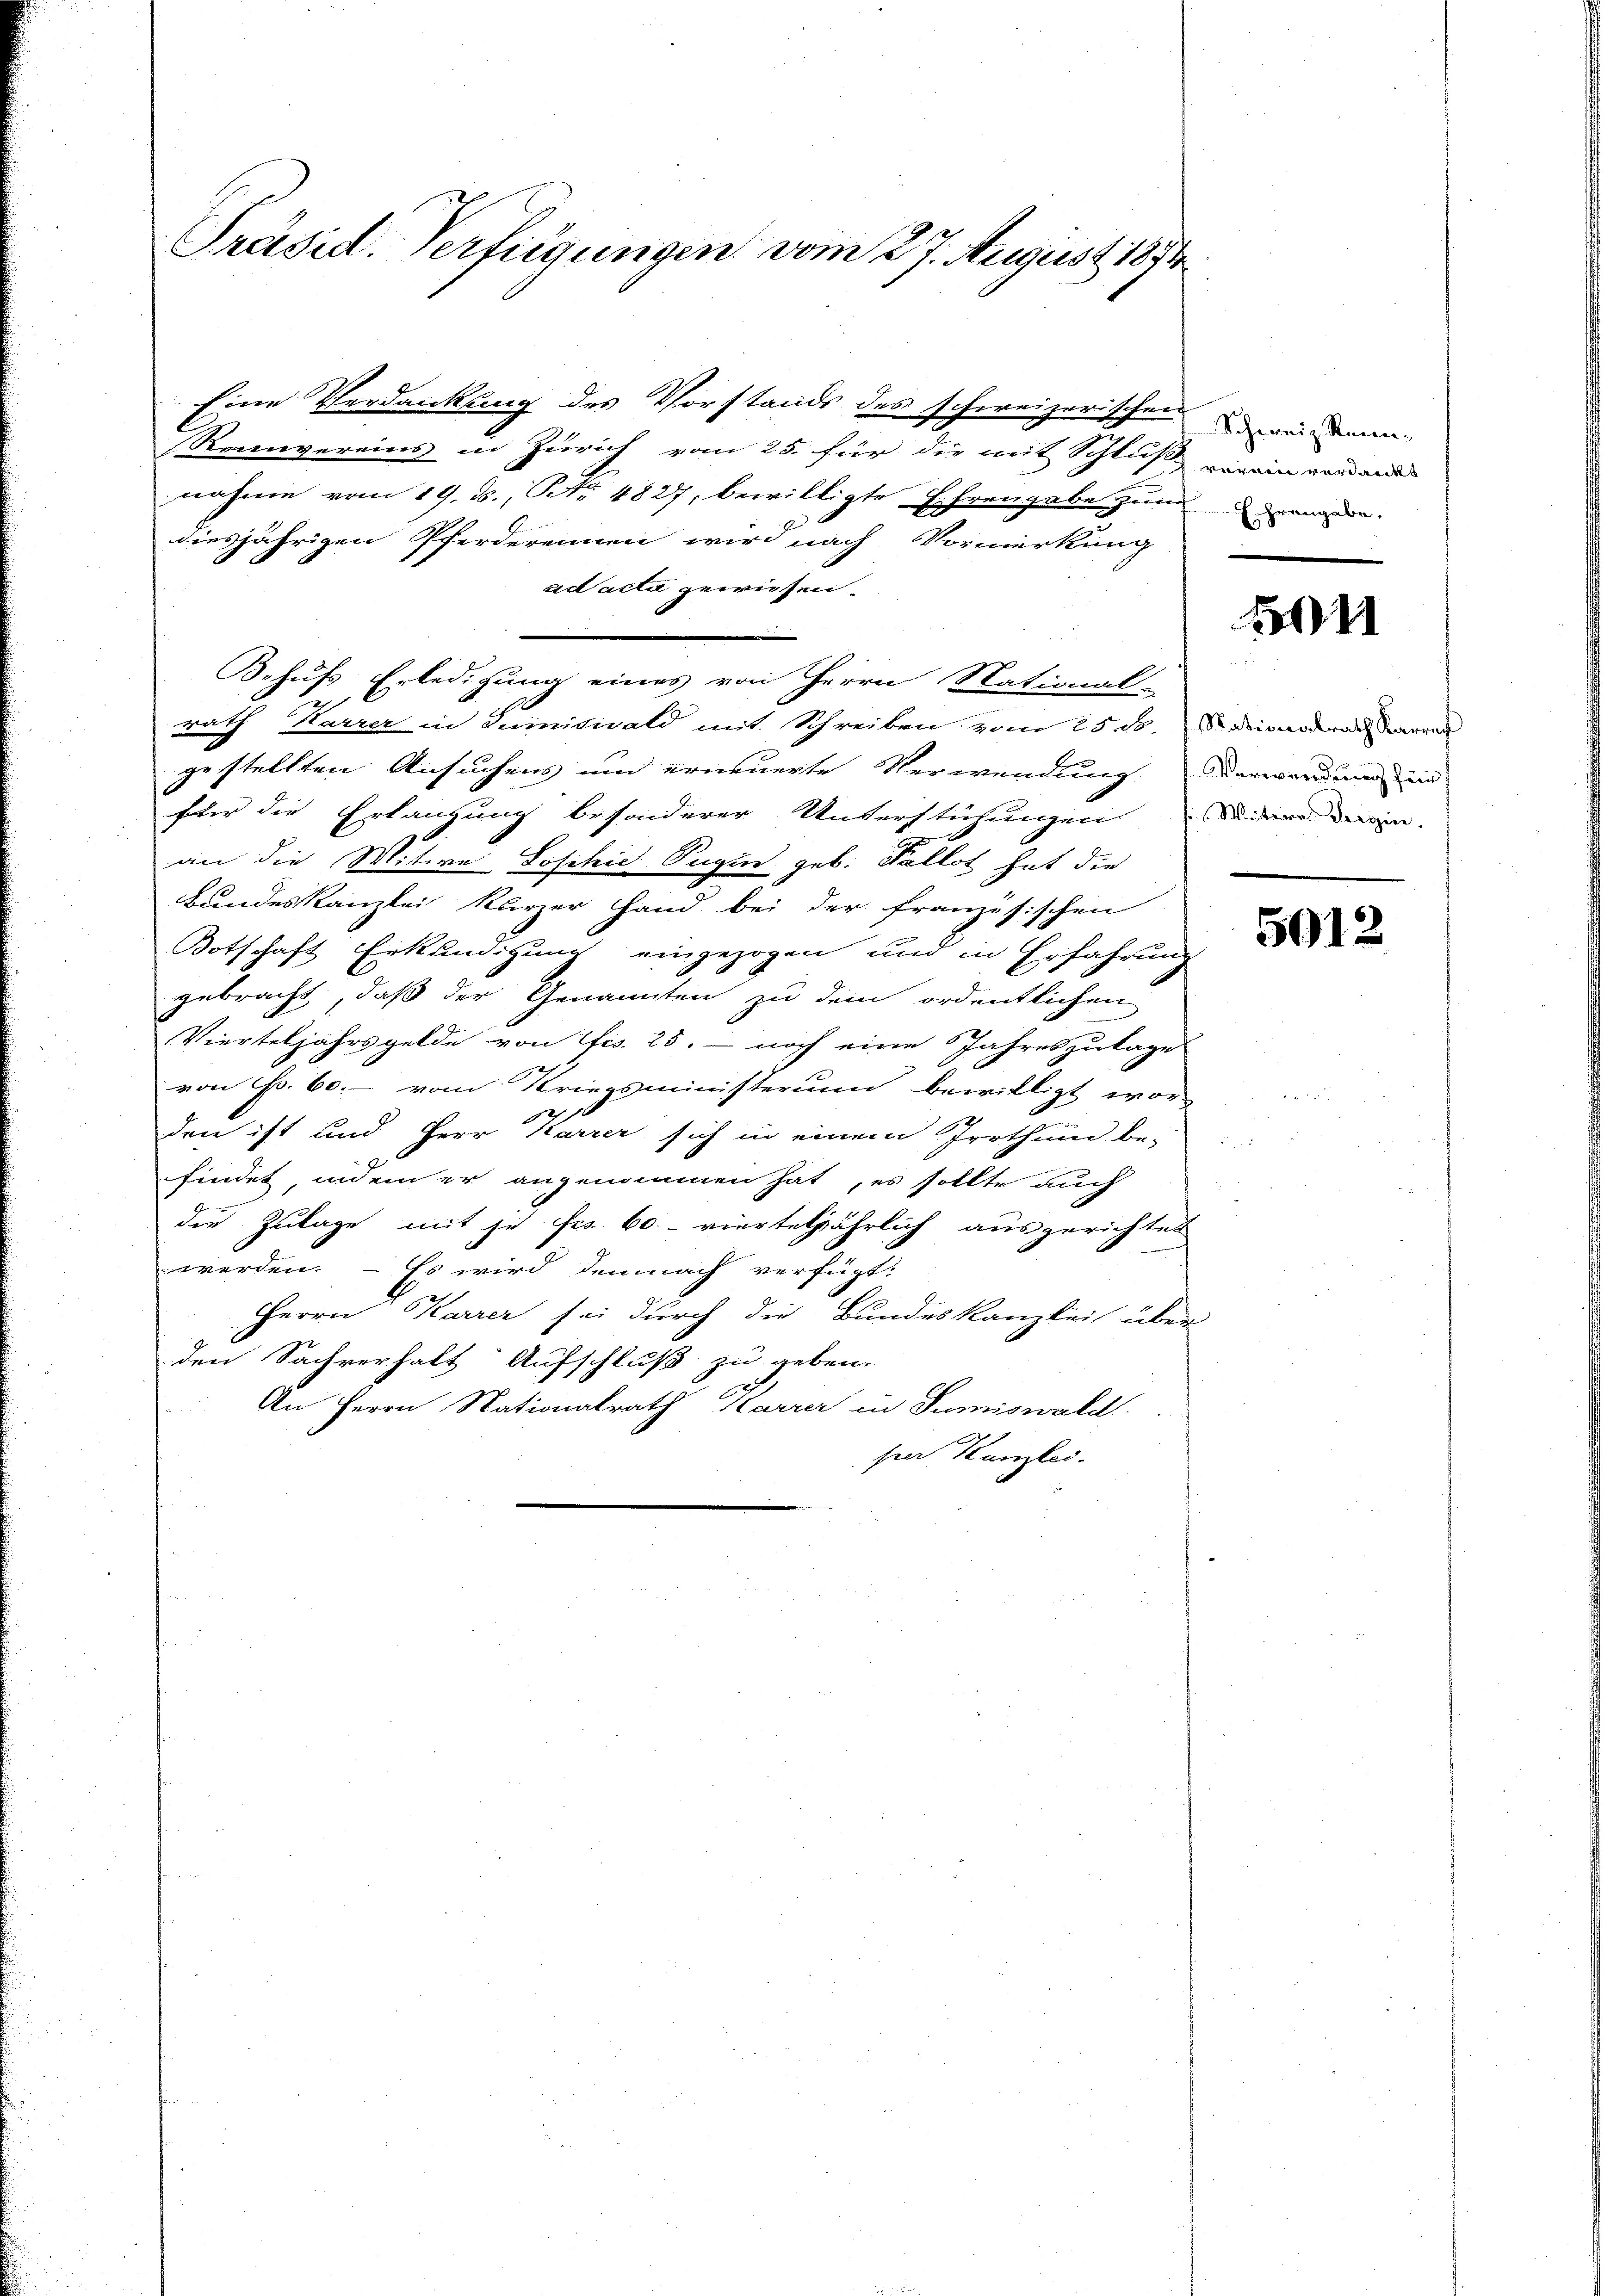
Präsid. Verfügungen vom 27. August 1854

Eine Verdankung des Vorstands des schweizerischen wir dann
Reinvereins in Zürich vom 25. für die mit Schluß vonein werdend
nahme vom 19. ds., Nr. 4827, bewilligte Ehrengabe zum geme
diesjährigen Pferderennen wird nach Vormerkung
ad acta gewiesen.
Behufs Erledigung eines von Herrn Stational-
2
rath Karrer in Semnitwald mit Schreiben vom 25. d. Soviendrath Sarran
gestellten Ansuchens um erneuerte Verwendung darwandung in
fter die Erlangung besonderer Unterstühungen der ein
an die Witwe Joschie Pugin geb. Fallot hat die
Bundeskanzlei Kurzer Hand bei der französischen
Botschaft Erkundigung eingezogen und in Erfahrung
gebracht, daß der Genannten zu dem ordentlichen
Vierteljahrsgelde von Frs. 25. - noch eine Jahreszutage
von Fr. 60.- vom Kriegsministerium bewilligt worden ist und Herr Karrer sich in einem Irrthum be-
findet, indem er angenommen hat, es sollte auch
die Zulage mit je Frs. 60 - vierteljährlich ausgerichtet
werden. – Es wird demnach verfügt:
Herrn Karrer sei durch die Bundeskanzlei über-
den Sachverhalt Aufschluß zu geben.
An Herrn Nationalrath Karrer in Sumiswald
per Kanzlei.

011

5012.